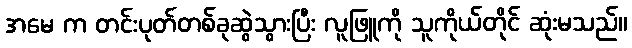
အမေ က တင်းပုတ်တစ်ခုဆွဲသွားပြီး လူဖြူကို သူကိုယ်တိုင် ဆုံးမသည်။